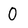
Character: O